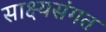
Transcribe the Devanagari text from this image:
साक्ष्यसंगत